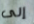
إلى